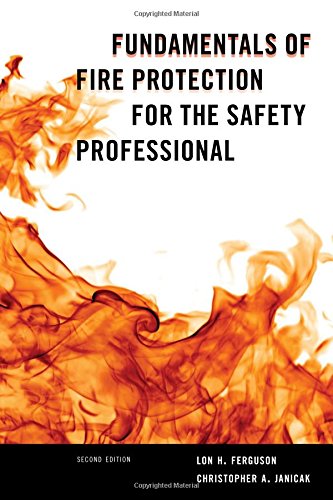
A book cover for Fundamentals of Fire Protection for the Safety Professional; Lon H. Ferguson; Business & Money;